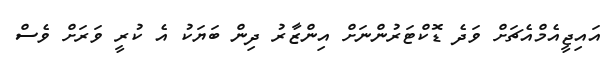
އައިޖީއެމްއެޗަށް ވަދެ ޑޮކްޓަރުންނަށް އިންޒާރު ދިން ބަޔަކު އެ ކުރީ ވަރަށް ވެސް